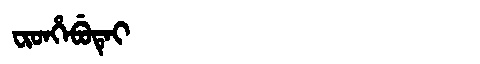
Manchu: ᠸᡳᡨᡥᡝᠪᡠᡨᡝᡳ
Romanization: FITHEBUTEI